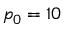
p _ { 0 } = 1 0 \